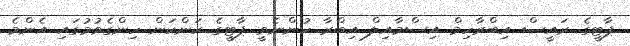
ޕާޓީގެ ރައީސް އިބްރާހިމް އިސްމާއިލް އިބްރާ ހުންނެވީ ޕާޓީގެ ކަންކަން ހިންގެވުމުގައި އެންމެ